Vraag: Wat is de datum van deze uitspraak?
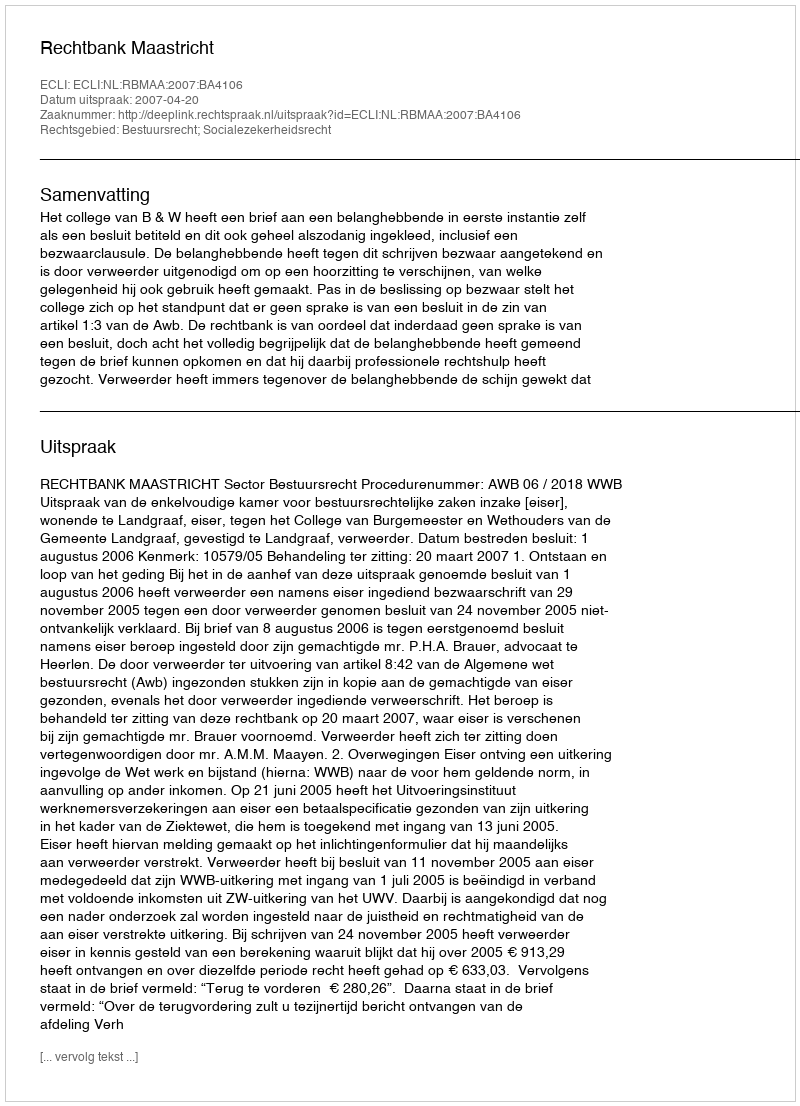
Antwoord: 2007-04-20